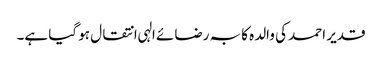
قدیر احمد کی والدہ کا بہ رضائے الہی انتقال ہو گیا ہے۔